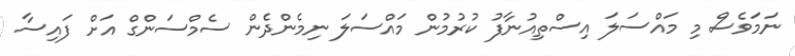
ނަމަވެސް މި މައްސަލަ އިސްތިއުނާފު ކުރުމުން މައްސަލަ ނިމެންދެން ސެމްސަންގް އަށް ފައިސާ